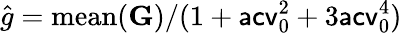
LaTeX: \hat{g}=\mathrm{mean}(\mathbf G)/(1+\mathsf{acv}_{0}^{2}+3\mathsf{acv}_{0}^{4})